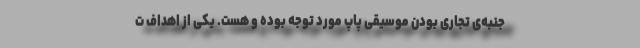
جنبه‌ی تجاری بودن موسیقی پاپ مورد توجه بوده و هست. یکی از اهداف ت